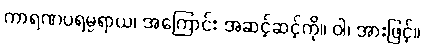
ကာရဏပရမ္ပရာယ၊ အကြောင်း အဆင့်ဆင့်ကို။ ဝါ၊ အားဖြင့်။